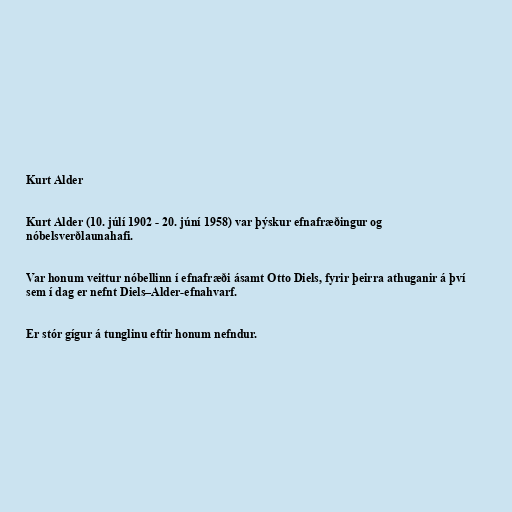
Kurt Alder

Kurt Alder (10. júlí 1902 - 20. júní 1958) var þýskur efnafræðingur og
nóbelsverðlaunahafi.

Var honum veittur nóbellinn í efnafræði ásamt Otto Diels, fyrir þeirra athuganir á því
sem í dag er nefnt Diels–Alder-efnahvarf.

Er stór gígur á tunglinu eftir honum nefndur.